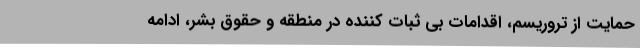
حمایت از تروریسم، اقدامات بی ثبات کننده در منطقه و حقوق بشر، ادامه